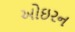
ઓઇરન